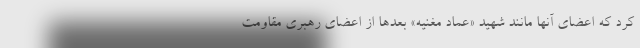
کرد که اعضای آنها مانند شهید «عماد مغنیه» بعدها از اعضای رهبری مقاومت